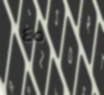
٤٥